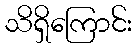
သိရှိကြောင်း